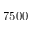
7 5 0 0